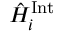
\hat { H } _ { i } ^ { \mathrm { I n t } }